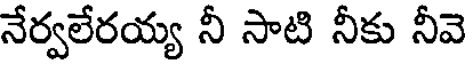
నేర్వలేరయ్య నీ సాటి నీకు నీవె